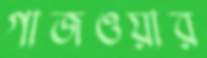
গাজওয়ার